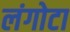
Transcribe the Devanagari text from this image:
लंगोटा